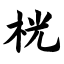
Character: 桄